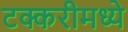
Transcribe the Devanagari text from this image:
टक्करीमध्ये